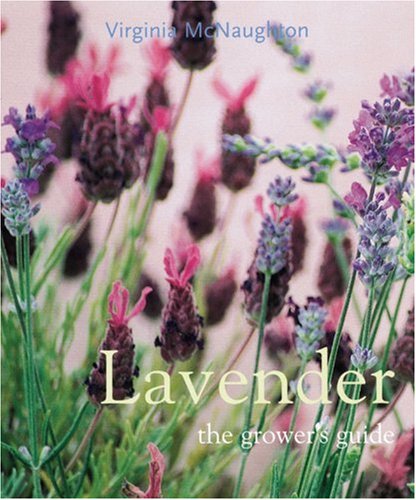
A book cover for Lavender: The Grower's Guide; Virginia McNaughton; Crafts, Hobbies & Home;